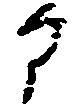
部